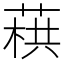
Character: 𦶓